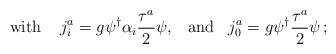
\begin{align*}\mbox{with}\;\;\;\;j_i^a=g\psi^{\dagger}{\alpha}_i\frac{{\tau}^a}{2}\psi,\;\;\;\mbox{and}\;\;\;j_0^a=g\psi^{\dagger}\frac{{\tau}^a}{2}\psi\,;\end{align*}